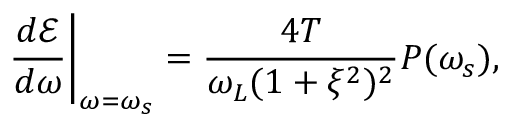
\left. \frac { d \mathcal { E } } { d \omega } \right| _ { \omega = \omega _ { s } } = \frac { 4 T } { \omega _ { L } ( 1 + \xi ^ { 2 } ) ^ { 2 } } P ( \omega _ { s } ) ,